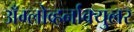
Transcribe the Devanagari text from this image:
अँग्लोव्हर्नाक्युलर